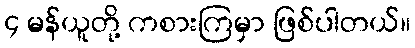
၄ မန်ယူတို့ ကစားကြမှာ ဖြစ်ပါတယ်။